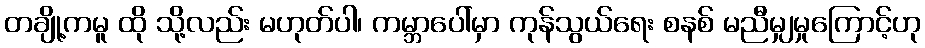
တချို့ကမူ ထို သို့လည်း မဟုတ်ပါ၊ ကမ္ဘာပေါ်မှာ ကုန်သွယ်ရေး စနစ် မညီမျှမှုကြောင့်ဟု